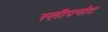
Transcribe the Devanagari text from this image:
स्लीपनोट